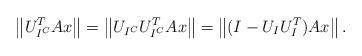
LaTeX: \begin{align*}\left\| U_{I^C}^TAx \right\| = \left\| U_{I^C}U_{I^C}^TAx \right\| = \left\| (I-U_IU_I^T)Ax \right\|.\end{align*}